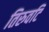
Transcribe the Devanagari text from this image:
तिरुवटि